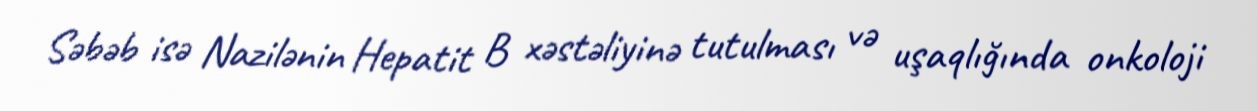
Səbəb isə Nazilənin Hepatit B xəstəliyinə tutulması və uşaqlığında onkoloji